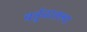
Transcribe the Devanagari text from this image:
वर्तुळातल्या